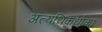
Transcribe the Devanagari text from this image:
अत्यधिकधोका